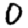
Digit: 0